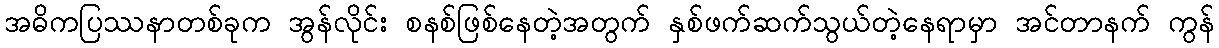
အဓိကပြဿနာတစ်ခုက အွန်လိုင်း စနစ်ဖြစ်နေတဲ့အတွက် နှစ်ဖက်ဆက်သွယ်တဲ့နေရာမှာ အင်တာနက် ကွန်